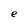
Character: e